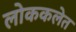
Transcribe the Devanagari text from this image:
लोककलेत